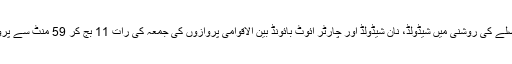
بتایا گیا ہے کہ حکومت کے فیصلے کی روشنی میں شیڈولڈ، نان شیڈولڈ اور چارٹر آئوٹ بائونڈ بین الاقوامی پروازوں کی جمعہ کی رات 11 بج کر 59 منٹ سے پروازوں کی اجازت دیدی گئی ہے۔